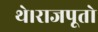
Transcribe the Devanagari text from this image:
थे।राजपूतो